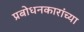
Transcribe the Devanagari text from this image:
प्रबोधनकारांच्या